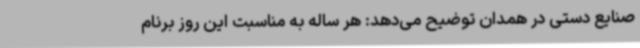
صنایع دستی در همدان توضیح می‌دهد: هر ساله به مناسبت این روز برنام